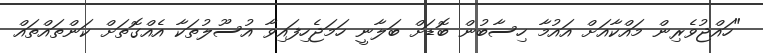
"ހައްޖުވެރިން މައްކާއަށް އައުމާ ހިސާބުން ބޮޑަށް ބަލާނީ ހަމަޖެހިފައިވާ އުސޫލުތަކާ އެއްގޮތަށް ކަންތައްތައް